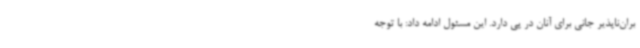
بران‌ناپذیر جانی برای آنان در پی دارد. این مسئول ادامه داد: با توجه